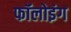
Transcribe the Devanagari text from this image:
फॉलोइंग